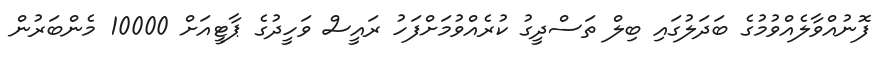
ފޮނުއްވާލެއްވުމުގެ ބަދަލުގައި ބިލް ތަސްދީގު ކުރެއްވުމަށްފަހު ރައީސް ވަހީދުގެ ޕާޓީއަށް 10000 މެންބަރުން